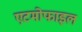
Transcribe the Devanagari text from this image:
एटमोफाइल